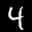
Label: 4